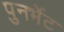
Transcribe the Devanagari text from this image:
पुनर्भेट